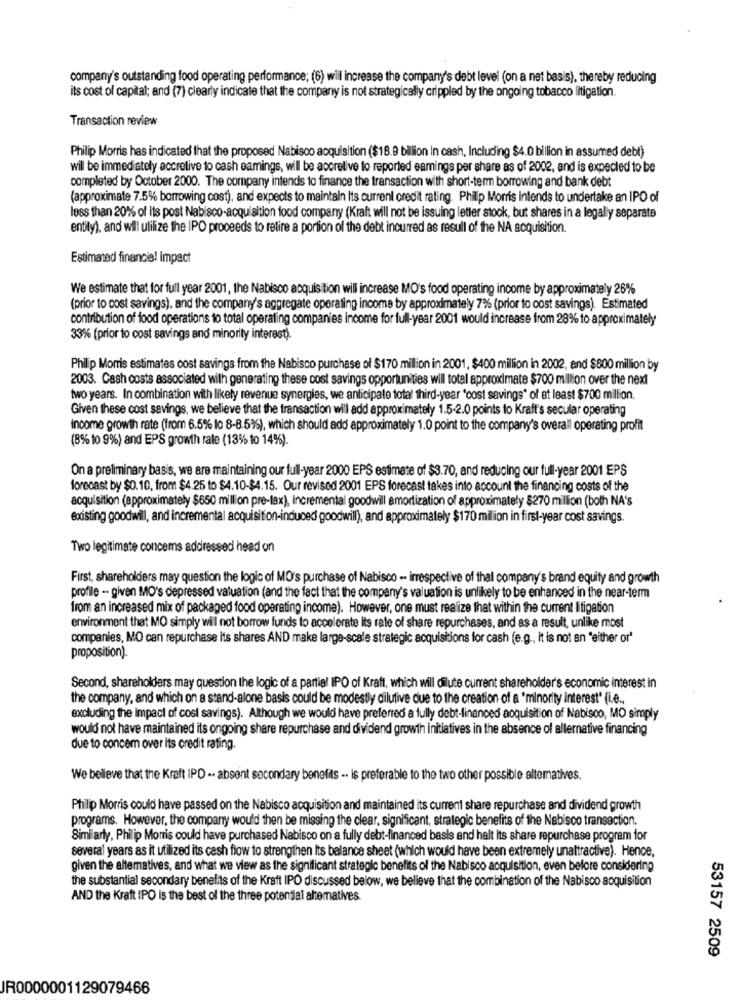
company's outstanding food operating performance; (6) will increase the company's debt level (on a net basis), thereby reducing
its cost of capital; and (7) clearly indicate that the company is not strategically crippled by the ongoing tobacco litigation.
Transaction review
Philip Morris has indicated that the proposed Nabisco acquisition ($18.9 billion In cash, Including $4.0 billion in assumed debt)
will be immediately accretive to cash eamings, will be accretive to reported eamings per share as of 2002, and is expected to be
completed by October 2000. The company intends to finance the transaction with short-term borrowing and bank debt
(approximate 7.5% borrowing cost), and expects to maintain Its current credit rating. Philip Morris intends to undertake an IPO of
less than 20% of its post Nabisco-acquisition food company (Kraft will not be issuing letter stock, but shares in a legally separate
entity), and will utilize the IPO proceeds to retire a portion of the debt incurred as resull of the NA acquisition.
Estimated financial impact
We estimate that for full year 2001, the Nabisco acquisition will increase MO's food operating income by approximately 26%
(prior to cost savings), and the company's aggregate operating income by approximately 7% (prior to cost savings). Estimated
contribution of food operations to total operating companies income for full-year 2001 would increase from 28% to approximately
33% (prior to cost savings and minority interest).
Philip Morris estimates cost savings from the Nabisco purchase of $170 million in 2001, $400 million in 2002, and $800 million by
2003. Cash costs associated with generating these cost savings opportunities will total approximate $700 million over the next
two years. In combination with likely revenue synergies, we anticipate total third-year 'cost savings" of at least $700 million.
Given these cost savings, we believe that the transaction will add approximately 1.5-2.0 points to Kraft's secular operating
income growth rate (from 6.5% lo 8-8.5%), which should add approximately 1.0 point to the company's overall operating profit
(8% to 9%) and EPS growth rate (13% to 14%).
On a preliminary basis, we are maintaining our full-year 2000 EPS estimate of $3.70, and reducing our full-year 2001 EPS
forecast by $0.10, from $4.25 to $4.10-$4.15. Our revised 2001 EPS forecast takes into account the financing costs of the
acquisition (approximately $650 million pre-tax), incremental goodwill amortization of approximately $270 million (both NA's
existing goodwill, and incremental acquisition-induced goodwill), and approximately $170 milion in first-year cost savings.
Two legitimate concems addressed head on
First, shareholders may question the logic of MO's purchase of Nabisco - irrespective of thal company's brand equity and growth
profile -- given MO's depressed valuation (and the fact that the company's valuation is unlikely to be enhanced in the near-term
from an increased mix of packaged food operating income). However, one must realize that within the current litigation
environment that MO simply will not borrow funds to accelerate its rate of share repurchases, and as a result, unlike most
companies, MO can repurchase its shares AND make large-scale strategic acquisitions for cash (e.g ., it is not an 'either or'
proposition).
Second, shareholders may question the logic of a partia! IPO of Kraft, which will dilute current shareholder's economic interest in
the company, and which on a stand-alone basis could be modestly dilutive due to the creation of a 'minority interest" (i.e .,
excluding the impact of cost savings). Although we would have preferred a fully debt-financed acquisition of Nabisco, MO simply
would not have maintained its ongoing share repurchase and dividend growth initiatives in the absence of allernative financing
due to concem over its credit rating.
We believe that the Kraft IPD -. absent secondary benefits -. is preferable to the two other possible altematives.
Philip Morris could have passed on the Nabisco acquisition and maintained its current share repurchase and dividend growth
programs. However, the company would then be missing the clear, significant, strategic benefits of the Nabisco transaction.
Similarly, Philip Morris could have purchased Nabisco on a fully debt-financed basis and halt its share repurchase program for
several years as it utilized its cash flow to strengthen Its balance sheet (which would have been extremely unattractive). Hence,
given the altematives, and what we view as the significant strategic benefits of the Nabisco acquisition, even before considering
the substantial secondary benefits of the Kraft IPO discussed below, we believe that the combination of the Nabisco acquisition
AND the Kraft IPO is the best of the three potential altematives.
53157 2509
JR0000001129079466